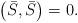
LaTeX: \begin{align*}\left( \bar{S},\bar{S}\right) =0. \end{align*}